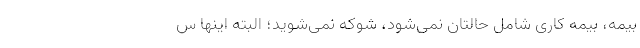
بیمه، بیمه کاری شامل حالتان نمی‌شود، شوکه نمی‌شوید؛ البته اینها س